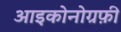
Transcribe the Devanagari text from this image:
आइकोनोग्रफ़ी